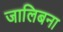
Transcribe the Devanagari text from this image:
जालिबना